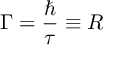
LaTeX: \Gamma = \frac { \hbar } { \tau } \equiv R